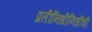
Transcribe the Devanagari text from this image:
प्रतीनिधीनिधींची